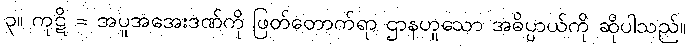
၃။ ကုဋိ = အပူအအေးဒဏ်ကို ဖြတ်တောက်ရာ ဌာနဟူသော အဓိပ္ပာယ်ကို ဆိုပါသည်။